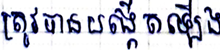
ត្រូវបានបង្កើតឡើង